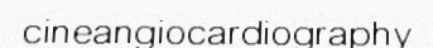
cineangiocardiography